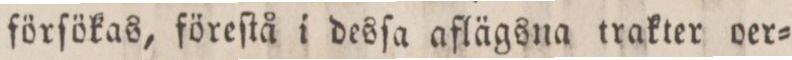
förſökas, föreſtå i desſa aflägsna trakter oer=